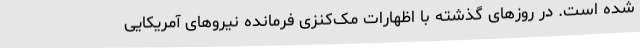
شده است. در روز‌های گذشته با اظهارات مک‌کنزی فرمانده نیرو‌های آمریکایی